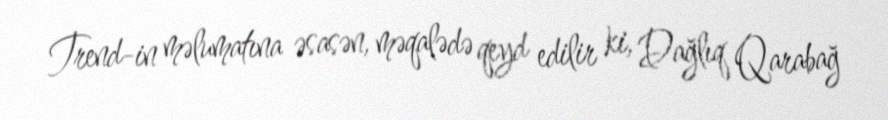
Trend-in məlumatına əsasən, məqalədə qeyd edilir ki, Dağlıq Qarabağ